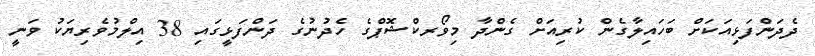
ދެދަންފަޅިއަކަށް ބަހައިލާގެން ކުރިއަށް ގެންދާ މިވޯރކްޝޮޕްގެ ހެދުނުގެ ދަންފަޅީގައި 38 އިލްމުވެރިޔަކު ވަނީ